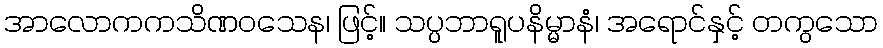
အာလောကကသိဏဝသေန၊ ဖြင့်။ သပ္ပဘာရူပနိမ္မာနံ၊ အရောင်နှင့် တကွသော